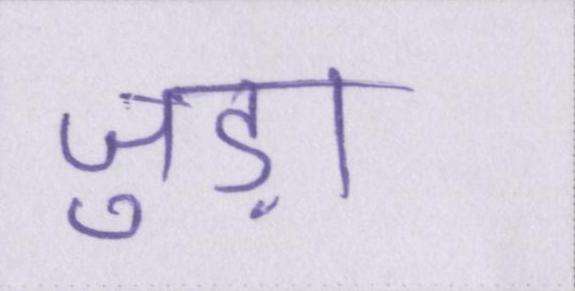
जुड़ा